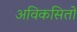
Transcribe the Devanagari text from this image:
अविकसितों